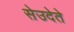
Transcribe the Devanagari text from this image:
सेउदेते